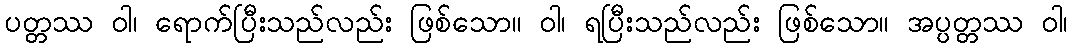
ပတ္တဿ ဝါ၊ ရောက်ပြီးသည်လည်း ဖြစ်သော။ ဝါ၊ ရပြီးသည်လည်း ဖြစ်သော။ အပ္ပတ္တဿ ဝါ၊